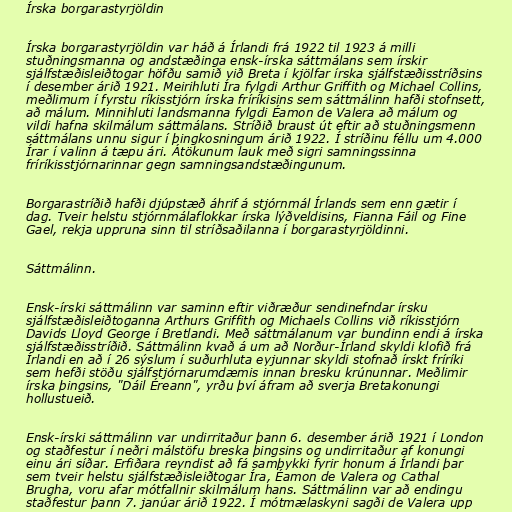
Írska borgarastyrjöldin

Írska borgarastyrjöldin var háð á Írlandi frá 1922 til 1923 á milli
stuðningsmanna og andstæðinga ensk-írska sáttmálans sem írskir
sjálfstæðisleiðtogar höfðu samið við Breta í kjölfar írska sjálfstæðisstríðsins
í desember árið 1921. Meirihluti Íra fylgdi Arthur Griffith og Michael Collins,
meðlimum í fyrstu ríkisstjórn írska fríríkisins sem sáttmálinn hafði stofnsett,
að málum. Minnihluti landsmanna fylgdi Éamon de Valera að málum og
vildi hafna skilmálum sáttmálans. Stríðið braust út eftir að stuðningsmenn
sáttmálans unnu sigur í þingkosningum árið 1922. Í stríðinu féllu um 4.000
Írar í valinn á tæpu ári. Átökunum lauk með sigri samningssinna
fríríkisstjórnarinnar gegn samningsandstæðingunum.

Borgarastríðið hafði djúpstæð áhrif á stjórnmál Írlands sem enn gætir í
dag. Tveir helstu stjórnmálaflokkar írska lýðveldisins, Fianna Fáil og Fine
Gael, rekja uppruna sinn til stríðsaðilanna í borgarastyrjöldinni.

Sáttmálinn.

Ensk-írski sáttmálinn var saminn eftir viðræður sendinefndar írsku
sjálfstæðisleiðtoganna Arthurs Griffith og Michaels Collins við ríkisstjórn
Davids Lloyd George í Bretlandi. Með sáttmálanum var bundinn endi á írska
sjálfstæðisstríðið. Sáttmálinn kvað á um að Norður-Írland skyldi klofið frá
Írlandi en að í 26 sýslum í suðurhluta eyjunnar skyldi stofnað írskt fríríki
sem hefði stöðu sjálfstjórnarumdæmis innan bresku krúnunnar. Meðlimir
írska þingsins, "Dáil Éreann", yrðu því áfram að sverja Bretakonungi
hollustueið.

Ensk-írski sáttmálinn var undirritaður þann 6. desember árið 1921 í London
og staðfestur í neðri málstöfu breska þingsins og undirritaður af konungi
einu ári síðar. Erfiðara reyndist að fá samþykki fyrir honum á Írlandi þar
sem tveir helstu sjálfstæðisleiðtogar Íra, Éamon de Valera og Cathal
Brugha, voru afar mótfallnir skilmálum hans. Sáttmálinn var að endingu
staðfestur þann 7. janúar árið 1922. Í mótmælaskyni sagði de Valera upp